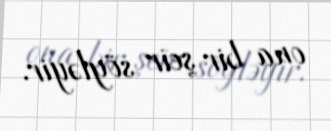
ona bir şeir söyləyir.